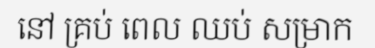
នៅ គ្រប់ ពេល ឈប់ សម្រាក